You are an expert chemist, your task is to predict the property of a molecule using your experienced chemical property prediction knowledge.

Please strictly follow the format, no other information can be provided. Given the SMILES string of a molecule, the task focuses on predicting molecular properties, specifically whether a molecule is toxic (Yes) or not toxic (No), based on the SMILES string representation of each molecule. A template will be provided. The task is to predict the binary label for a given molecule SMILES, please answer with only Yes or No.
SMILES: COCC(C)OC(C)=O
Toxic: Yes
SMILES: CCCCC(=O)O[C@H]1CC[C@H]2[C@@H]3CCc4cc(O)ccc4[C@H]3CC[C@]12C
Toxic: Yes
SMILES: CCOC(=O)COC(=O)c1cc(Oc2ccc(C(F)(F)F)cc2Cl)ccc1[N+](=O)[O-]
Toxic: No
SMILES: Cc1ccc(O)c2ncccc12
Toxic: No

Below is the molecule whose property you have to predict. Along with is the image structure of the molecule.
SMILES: CC(=O)NC(CCC(N)=O)C(=O)O
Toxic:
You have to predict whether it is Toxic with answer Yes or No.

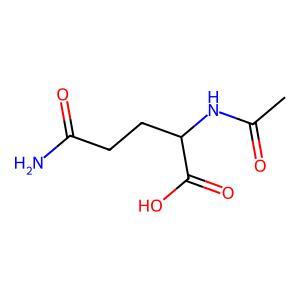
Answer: No